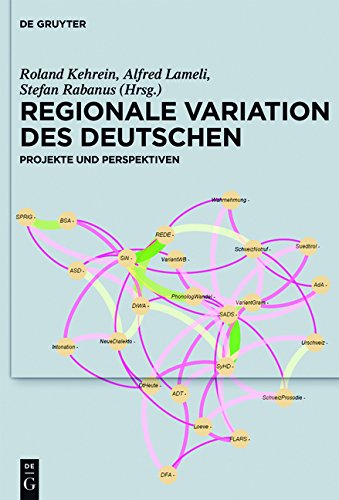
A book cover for Regionale Variation Des Deutschen: Projekte Und Perspektiven (German Edition); Politics & Social Sciences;